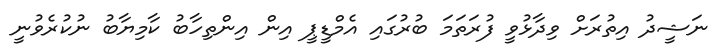
ނަޝީދު އިތުރަށް ވިދާޅުވީ ފުރަތަމަ ބުރުގައި އެމްޑީޕީ އިން އިންތިހާބު ކާމިޔާބު ނުކުރެވުނީ